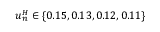
u _ { n } ^ { H } \in \{ 0 . 1 5 , 0 . 1 3 , 0 . 1 2 , 0 . 1 1 \}